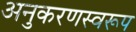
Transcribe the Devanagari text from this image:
अनुकरणस्वरूप